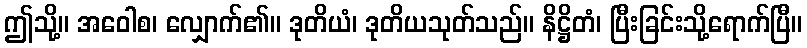
ဤသို့။ အဝေါစ၊ လျှောက်၏။ ဒုတိယံ၊ ဒုတိယသုတ်သည်။ နိဋ္ဌိတံ၊ ပြီးခြင်းသို့ရောက်ပြီ။